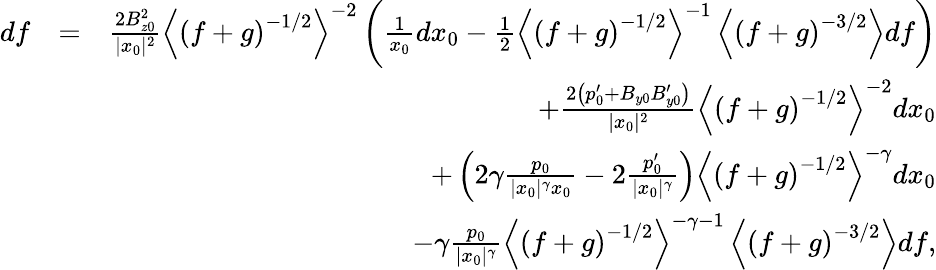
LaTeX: \begin{array}{rlr}{df}&{=}&{\frac{2B_{z0}^{2}}{|x_{0}|^{2}}\left\langle\left(f+g\right)^{-1/2}\right\rangle^{-2}\left(\frac{1}{x_{0}}dx_{0}-\frac{1}{2}\left\langle\left(f+g\right)^{-1/2}\right\rangle^{-1}\left\langle\left(f+g\right)^{-3/2}\right\rangle df\right)}\\ &{}&{+\frac{2\left(p_{0}^{\prime}+B_{y0}B_{y0}^{\prime}\right)}{|x_{0}|^{2}}\left\langle\left(f+g\right)^{-1/2}\right\rangle^{-2}dx_{0}}\\ &{}&{+\left(2\gamma\frac{p_{0}}{|x_{0}|^{\gamma}x_{0}}-2\frac{p_{0}^{\prime}}{|x_{0}|^{\gamma}}\right)\left\langle\left(f+g\right)^{-1/2}\right\rangle^{-\gamma}dx_{0}}\\ &{}&{-\gamma\frac{p_{0}}{|x_{0}|^{\gamma}}\left\langle\left(f+g\right)^{-1/2}\right\rangle^{-\gamma-1}\left\langle\left(f+g\right)^{-3/2}\right\rangle df,}\end{array}